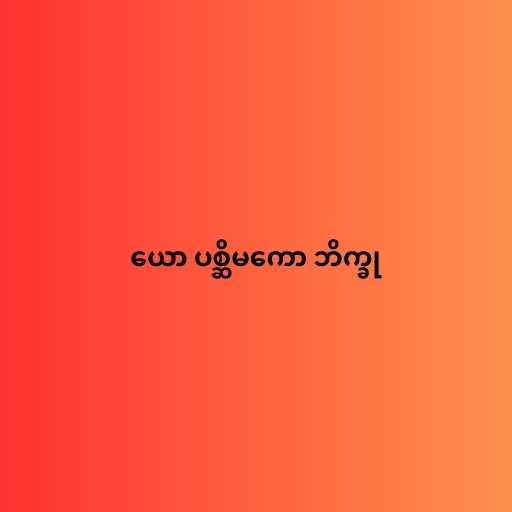
ယော ပစ္ဆိမကော ဘိက္ခု